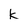
Character: k